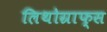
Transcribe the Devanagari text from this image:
लिथोग्राफ्स